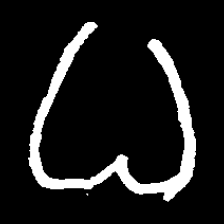
Pyu character \u2014 Myanmar letter: ဓ (romanized: dha)